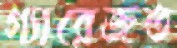
গ্যারেজত